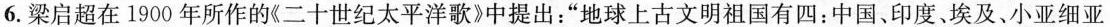
6.梁启超在1900年所作的《二十世纪太平洋歌》中提出：”地球上古文明祖国有四：中国、印度。埃及、小亚细亚